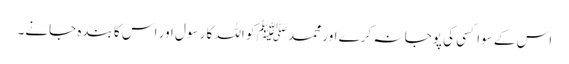
اس کے سوا کسی کی پوجا نہ کرے اور محمد ﷺ کو اللہ کا رسول اور اس کا بندہ جانے۔